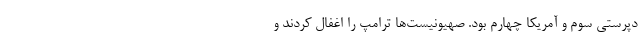
دپرستی سوم و آمریکا چهارم بود. صهیونیست‌ها ترامپ را اغفال کردند و